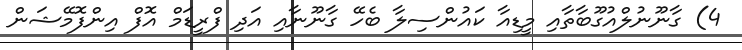
4) ގާނޫނުލްއުގޫބާތާއި މީޑިއާ ކައުންސިލާ ބެހޭ ގާނޫނާއި އަދި ފްރީޑަމް އޮފް އިންފޮމޭޝަން